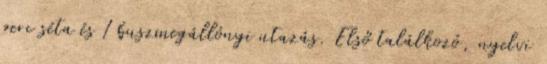
perc séta és 1 buszmegállónyi utazás. Első találkozó, nyelvi